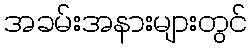
အခမ်းအနားများတွင်